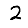
Digit: 2